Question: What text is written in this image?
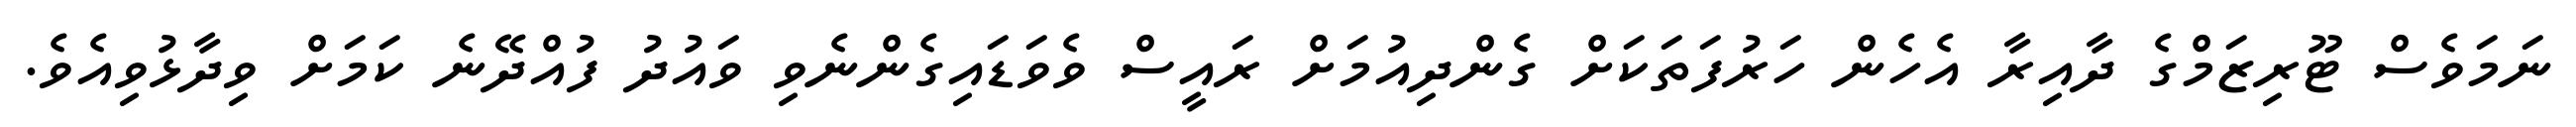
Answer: ނަމަވެސް ޓޫރިޒަމްގެ ދާއިރާ އެހެން ހަރުފަތަކަށް ގެންދިއުމަށް ރައީސް ވެވަޑައިގެންނެވި ވައުދު ފުއްދޭނެ ކަމަށް ވިދާޅުވިއެވެ.